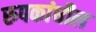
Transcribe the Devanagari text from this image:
रुपकांधील